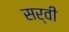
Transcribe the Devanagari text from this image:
सर्वी